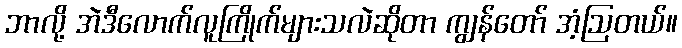
ဘာလို့ အဲဒီလောက်လူကြိုက်များသလဲဆိုတာ ကျွန်တော် အံ့ဩတယ်။